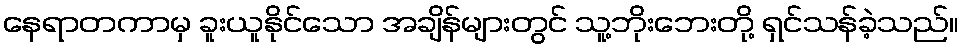
နေရာတကာမှ ခူးယူနိုင်သော အချိန်များတွင် သူ့ဘိုးဘေးတို့ ရှင်သန်ခဲ့သည်။